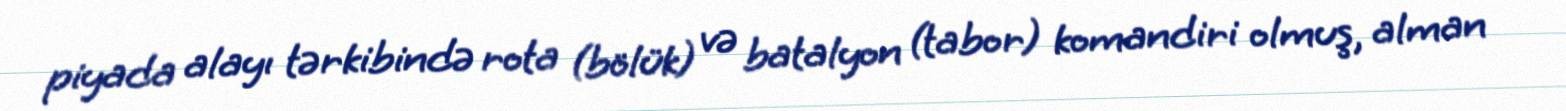
piyada alayı tərkibində rota (bölük) və batalyon (tabor) komandiri olmuş, alman